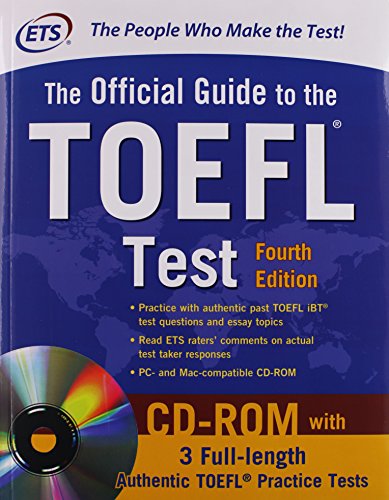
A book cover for Official TOEFLÂ® Test Prep Savings Bundle 2nd Edition; Educational Testing Service; Test Preparation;